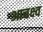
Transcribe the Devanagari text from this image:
आचक्ष्व